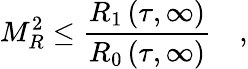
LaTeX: M_{R}^{2}\le\frac{R_{1}\left(\tau,\infty\right)}{R_{0}\left(\tau,\infty\right)}\quad,